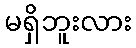
မရှိဘူးလား